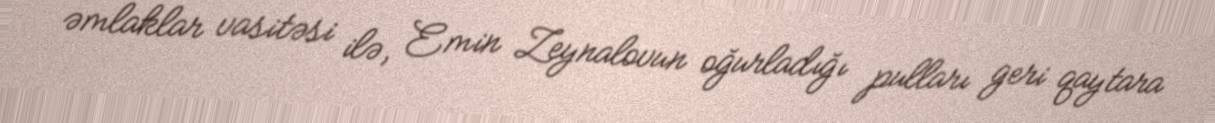
əmlaklar vasitəsi ilə, Emin Zeynalovun oğurladığı pulları geri qaytara